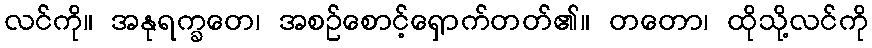
လင်ကို။ အနုရက္ခတေ၊ အစဉ်စောင့်ရှောက်တတ်၏။ တတော၊ ထိုသို့လင်ကို